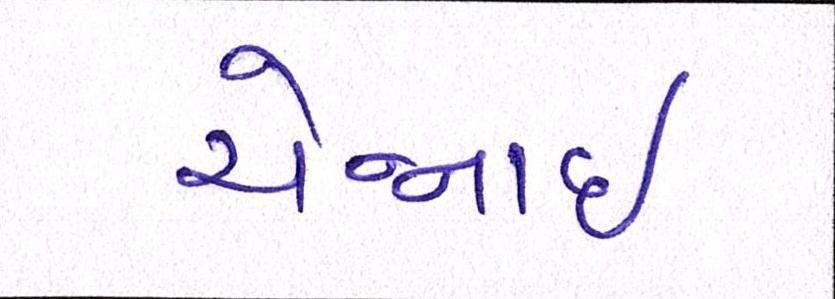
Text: ચેન્નાઇ